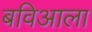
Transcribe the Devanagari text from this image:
बविआला